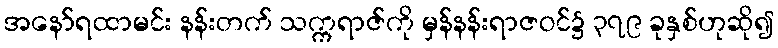
အနော်ရထာမင်း နန်းတက် သက္ကရာဇ်ကို မှန်နန်းရာဇဝင်၌ ၃၇၉ ခုနှစ်ဟုဆို၍